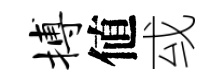
搏値㦯